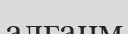
алғанм